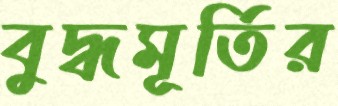
বুদ্ধমূর্তির